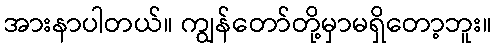
အားနာပါတယ်။ ကျွန်တော်တို့မှာမရှိတော့ဘူး။